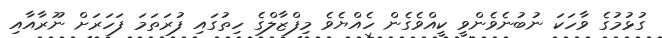
ގުޅުމުގެ ވާހަކަ ނުބުނެވެންވީ ކީއްވެގެން ހެއްޔެވެ މިފްޒާލްގެ ހިތުގައި ފުރަތަމަ ފަހަރަށް ނޫރާއާއި